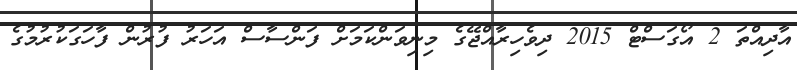
އާދިއްތަ 2 އޯގަސްޓް 2015 ދިވެހިރާއްޖޭގެ މިނިވަންކަމަށް ފަންސާސް އަހަރު ފުރުން ފާހަގަކުރުމުގެ